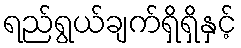
ရည်ရွယ်ချက်ရှိရှိနှင့်